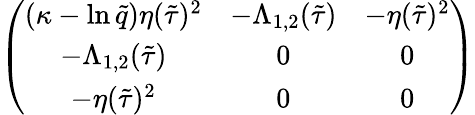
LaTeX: \left(\begin{array}{ccc}{{(\kappa-\ln\tilde{q})\eta(\tilde{\tau})^{2}}}&{{-\Lambda_{1,2}(\tilde{\tau})}}&{{-\eta(\tilde{\tau})^{2}}}\\ {{-\Lambda_{1,2}(\tilde{\tau})}}&{{0}}&{{0}}\\ {{-\eta(\tilde{\tau})^{2}}}&{{0}}&{{0}}\end{array}\right)